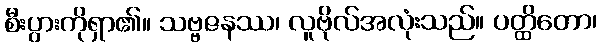
စီးပွားကိုရှာ၏။ သဗ္ဗဇနဿ၊ လူဗိုလ်အလုံးသည်။ ပတ္ထိတော၊